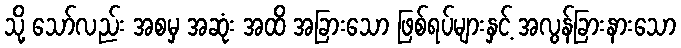
သို့ သော်လည်း အစမှ အဆုံး အထိ အခြားသော ဖြစ်ရပ်များနှင့် အလွန်ခြားနားသော